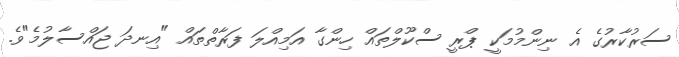
ސަރުކާރުގެ އެ ނިންމުމަކީ ޕްރީ ސްކޫލްތައް ހިންގާ އަމިއްލަ ފަރާތްތައް "އިނދަ ޖައްސާލުމެ"ވެ.